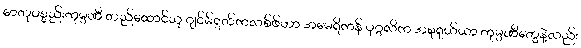
ဓာတုပစ္စည်းကုမ္ပဏီ တည်ထောင်သူ ဂျင်မ်ရတ်ကလစ်ဖ်ဟာ အမေရိကန် ပုဂ္ဂလိက အစုရှယ်ယာ ကုမ္ပဏီတွေနဲ့လည်း